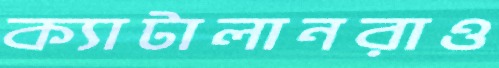
ক্যাটালানরাও